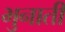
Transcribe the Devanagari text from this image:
भुनाती